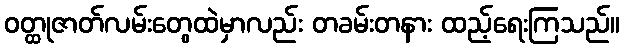
ဝတ္ထုဇာတ်လမ်းတွေထဲမှာလည်း တခမ်းတနား ထည့်ရေးကြသည်။